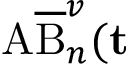
\mathrm { A } \overline { { \mathrm { B } } } _ { n } ^ { v } ( \mathbf t